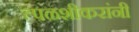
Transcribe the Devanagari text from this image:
त्पळशीकरांनी